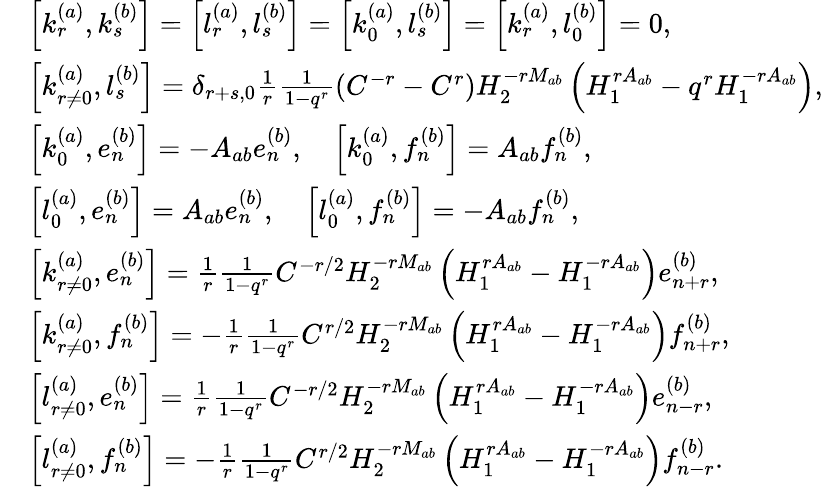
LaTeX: \begin{array}{rl}&{\left[k_{r}^{(a)},k_{s}^{(b)}\right]=\left[l_{r}^{(a)},l_{s}^{(b)}\right]=\left[k_{0}^{(a)},l_{s}^{(b)}\right]=\left[k_{r}^{(a)},l_{0}^{(b)}\right]=0,}\\ &{\left[k_{r\neq 0}^{(a)},l_{s}^{(b)}\right]=\delta_{r+s,0}\frac{1}{r}\frac{1}{1-q^{r}}\left(C^{-r}-C^{r}\right)H_{2}^{-rM_{ab}}\left(H_{1}^{rA_{ab}}-q^{r}H_{1}^{-rA_{ab}}\right),}\\ &{\left[k_{0}^{(a)},e_{n}^{(b)}\right]=-A_{ab}e_{n}^{(b)},\quad\left[k_{0}^{(a)},f_{n}^{(b)}\right]=A_{ab}f_{n}^{(b)},}\\ &{\left[l_{0}^{(a)},e_{n}^{(b)}\right]=A_{ab}e_{n}^{(b)},\quad\left[l_{0}^{(a)},f_{n}^{(b)}\right]=-A_{ab}f_{n}^{(b)},}\\ &{\left[k_{r\neq 0}^{(a)},e_{n}^{(b)}\right]=\frac{1}{r}\frac{1}{1-q^{r}}C^{-r/2}H_{2}^{-rM_{ab}}\left(H_{1}^{rA_{ab}}-H_{1}^{-rA_{ab}}\right)e_{n+r}^{(b)},}\\ &{\left[k_{r\neq 0}^{(a)},f_{n}^{(b)}\right]=-\frac{1}{r}\frac{1}{1-q^{r}}C^{r/2}H_{2}^{-rM_{ab}}\left(H_{1}^{rA_{ab}}-H_{1}^{-rA_{ab}}\right)f_{n+r}^{(b)},}\\ &{\left[l_{r\neq 0}^{(a)},e_{n}^{(b)}\right]=\frac{1}{r}\frac{1}{1-q^{r}}C^{-r/2}H_{2}^{-rM_{ab}}\left(H_{1}^{rA_{ab}}-H_{1}^{-rA_{ab}}\right)e_{n-r}^{(b)},}\\ &{\left[l_{r\neq 0}^{(a)},f_{n}^{(b)}\right]=-\frac{1}{r}\frac{1}{1-q^{r}}C^{r/2}H_{2}^{-rM_{ab}}\left(H_{1}^{rA_{ab}}-H_{1}^{-rA_{ab}}\right)f_{n-r}^{(b)}.}\end{array}